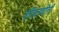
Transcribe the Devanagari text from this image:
शीतलचीनी